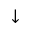
\downarrow